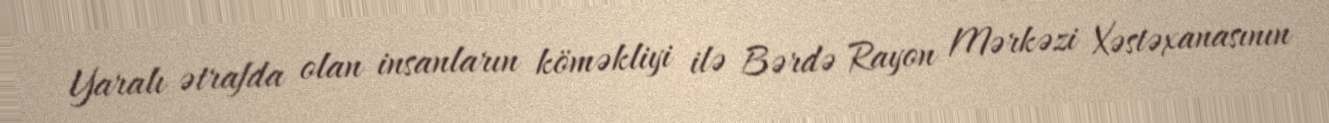
Yaralı ətrafda olan insanların köməkliyi ilə Bərdə Rayon Mərkəzi Xəstəxanasının